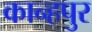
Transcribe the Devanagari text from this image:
कान्हपुर